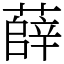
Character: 薛